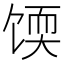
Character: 𫗬